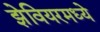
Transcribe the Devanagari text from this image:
झेवियरमध्ये